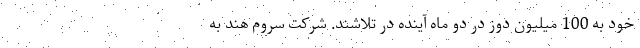
خود به 100 میلیون دوز در دو ماه آینده در تلاشند. شرکت سروم هند به